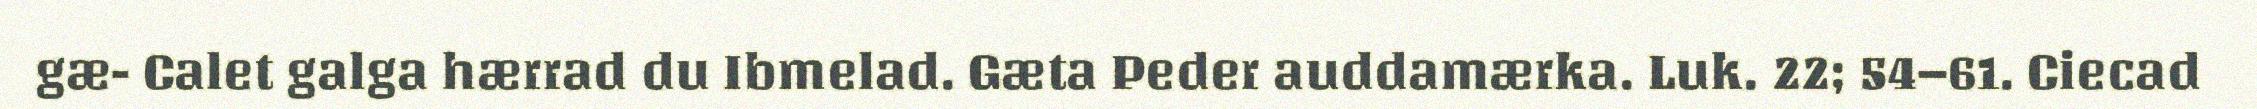
gæ- Calet galga hærrad du Ibmelad. Gæta Peder auddamærka. Luk. 22; 54–61. Ciecad